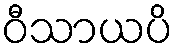
ဝီသာယပိ